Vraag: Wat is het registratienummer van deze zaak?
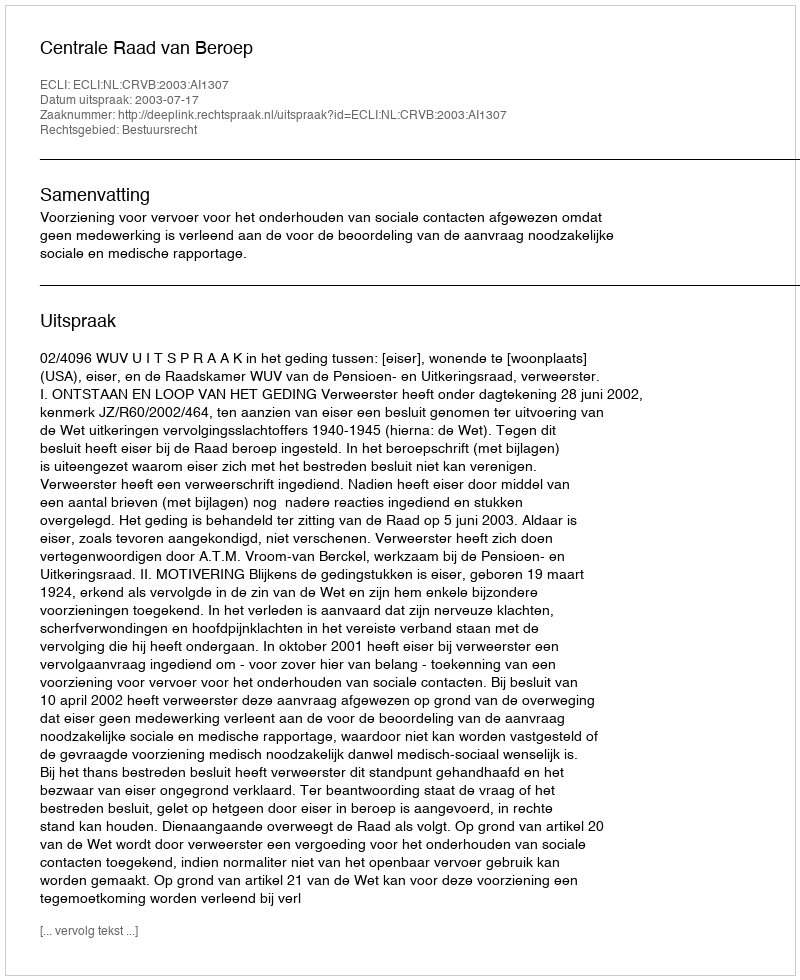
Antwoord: http://deeplink.rechtspraak.nl/uitspraak?id=ECLI:NL:CRVB:2003:AI1307